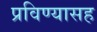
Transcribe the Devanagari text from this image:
प्रविण्यासह